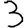
Digit: 3